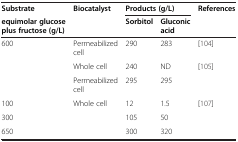
<table><thead><tr><td><b>Substrate</b></td><td rowspan="2"><b>Biocatalyst</b></td><td colspan="2"><b>Products (g/L)</b></td><td><b>References</b></td></tr><tr><td><b>equimolar glucose plus fructose (g/L)</b></td><td><b>Sorbitol</b></td><td><b>Gluconic acid</b></td><td><b> </b></td></tr></thead><tbody><tr><td rowspan="3">600</td><td>Permeabilized cell</td><td>290</td><td>283</td><td>[104]</td></tr><tr><td>Whole cell</td><td>240</td><td>ND</td><td rowspan="2">[105]</td></tr><tr><td>Permeabilized cell</td><td>295</td><td>295</td></tr><tr><td>100</td><td rowspan="3">Whole cell</td><td>12</td><td>1.5</td><td rowspan="3">[107]</td></tr><tr><td>300</td><td>105</td><td>50</td></tr><tr><td>650</td><td>300</td><td>320</td></tr></tbody></table>